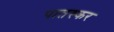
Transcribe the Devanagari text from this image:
पातस्कर